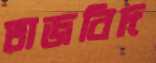
তাজবিদ